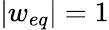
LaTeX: |w_{eq}|=1